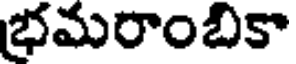
భమరాంబికా